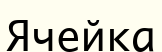
Ячейка